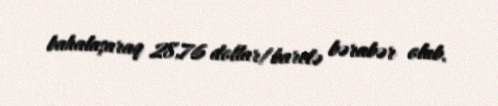
bahalaşaraq 28,76 dollar/barelə bərabər olub.